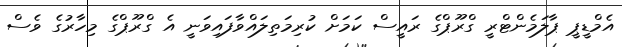
އެމްޑީޕީ ޕާލަމެންޓްރީ ގްރޫޕްގެ ރައީސް ކަމަށް ކުރިމަތިލައްވާފައިވަނީ އެ ގްރޫޕްގެ މިހާރުގެ ވެސް